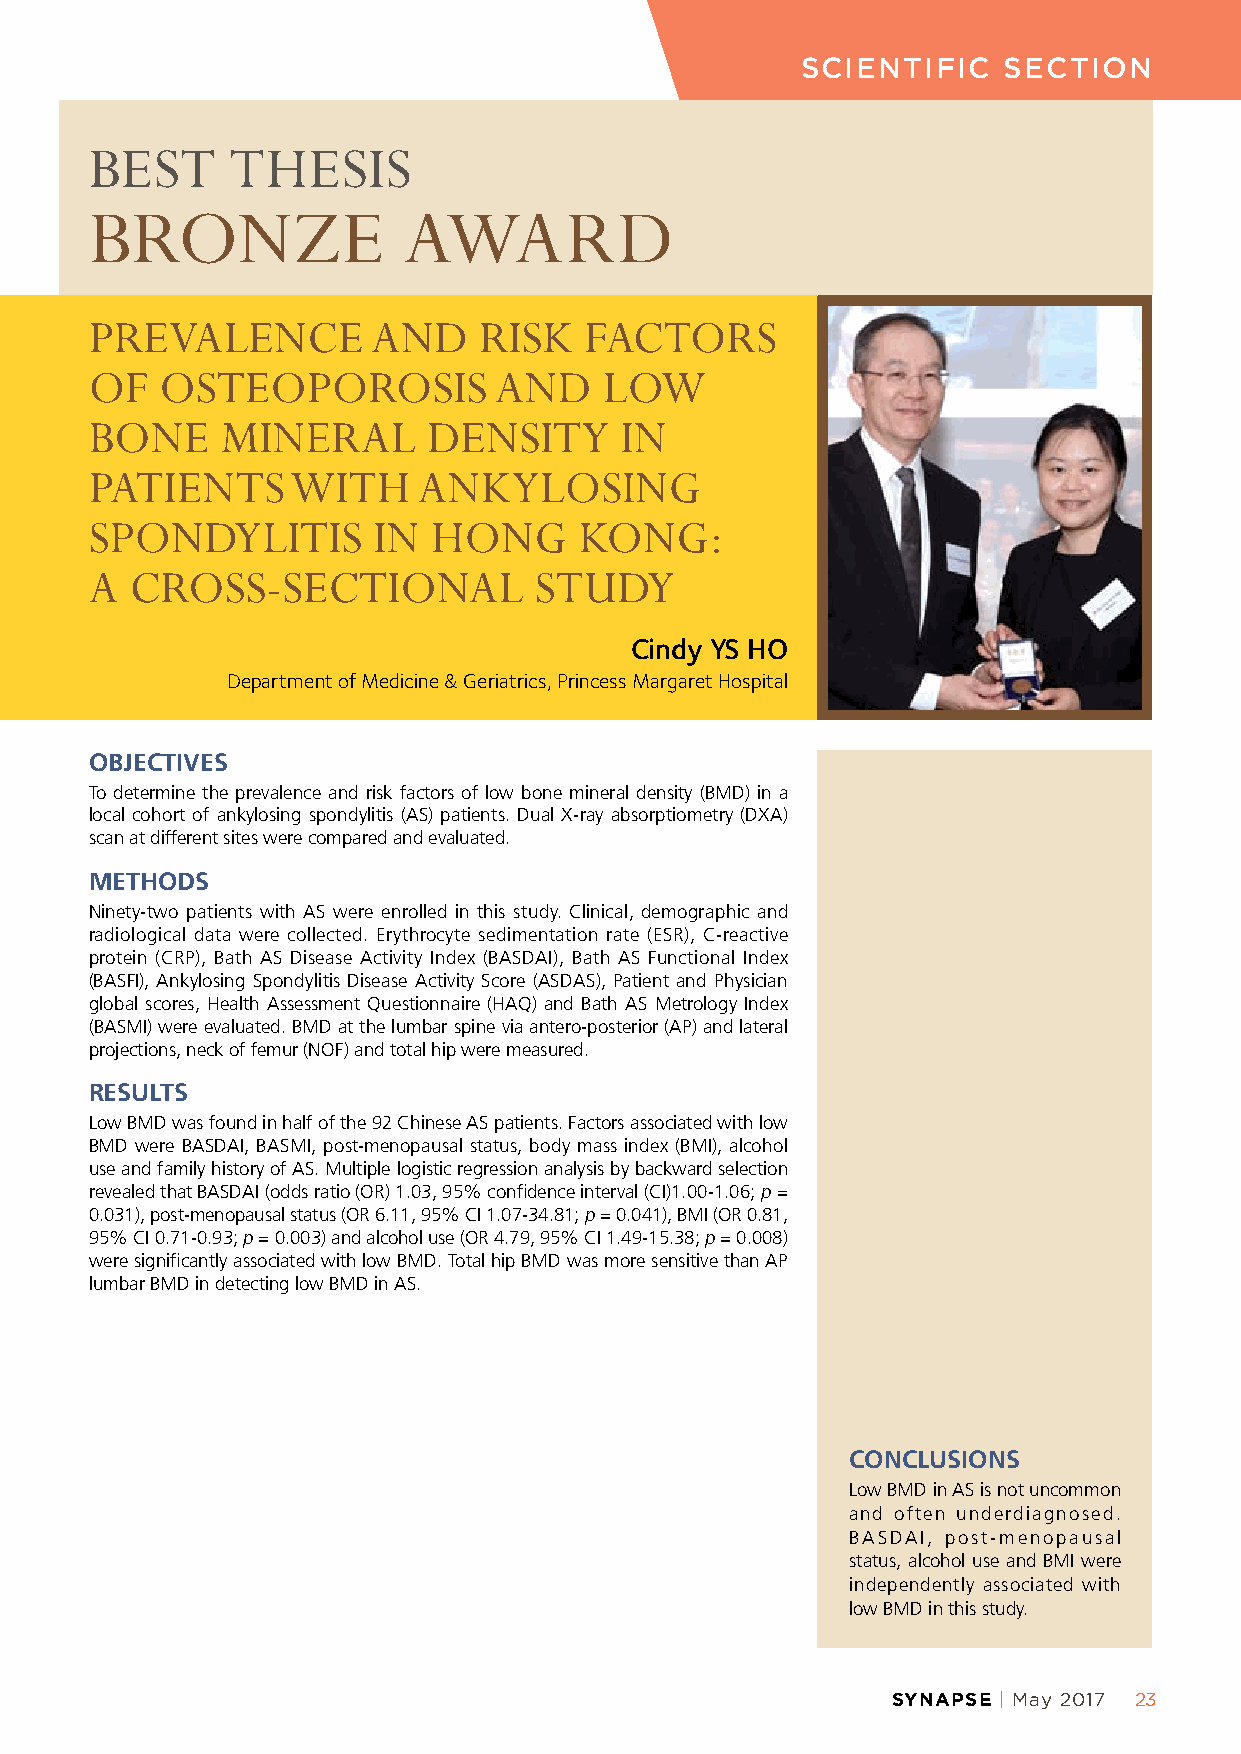
SCIENTIFIC   SECTION
 BEST     THESIS
 BRONZE               AWARD
 PREVALENCE         AND    RISK   FACTORS
 OF   OSTEOPOROSIS          AND    LOW
 BONE     MINERAL      DENSITY      IN
 PATIENTS     WITH     ANKYLOSING
 SPONDYLITIS        IN  HONG     KONG:
 A  CROSS-SECTIONAL           STUDY
 Cindy YS HO
 Department of Medicine & Geriatrics, Princess Margaret Hospital
 OBJECTIVES
 To determine the prevalence and risk factors of low bone mineral density (BMD) in a
 local cohort of ankylosing spondylitis (AS) patients. Dual X-ray absorptiometry (DXA)
 scan at different sites were compared and evaluated.
 METHODS
 Ninety-two patients with AS were enrolled in this study. Clinical, demographic and
 radiological data were collected. Erythrocyte sedimentation rate (ESR), C-reactive
 protein (CRP), Bath AS Disease Activity Index (BASDAI), Bath AS Functional Index
 (BASFI), Ankylosing Spondylitis Disease Activity Score (ASDAS), Patient and Physician
 global scores, Health Assessment Questionnaire (HAQ) and Bath AS Metrology Index
 (BASMI) were evaluated. BMD at the lumbar spine via antero-posterior (AP) and lateral
 projections, neck of femur (NOF) and total hip were measured.
 RESULTS
 Low BMD was found in half of the 92 Chinese AS patients. Factors associated with low
 BMD were BASDAI, BASMI, post-menopausal status, body mass index (BMI), alcohol
 use and family history of AS. Multiple logistic regression analysis by backward selection
 revealed that BASDAI (odds ratio (OR) 1.03, 95% confidence interval (CI)1.00-1.06; p =
 0.031), post-menopausal status (OR 6.11, 95% CI 1.07-34.81; p = 0.041), BMI (OR 0.81,
 95% CI 0.71-0.93; p = 0.003) and alcohol use (OR 4.79, 95% CI 1.49-15.38; p = 0.008)
 were significantly associated with low BMD. Total hip BMD was more sensitive than AP
 lumbar BMD in detecting low BMD in AS.
 CONCLUSIONS
 Low BMD in AS is not uncommon
 and often underdiagnosed.
 BASDAI, post-menopausal
 status, alcohol use and BMI were
 independently associated with
 low BMD in this study.
 SYNAPSE | May 2017 23